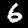
Label: 6